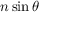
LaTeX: n \sin \theta